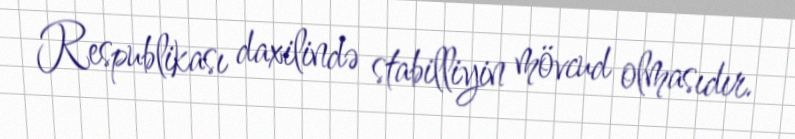
Respublikası daxilində stabilliyin mövcud olmasıdır.